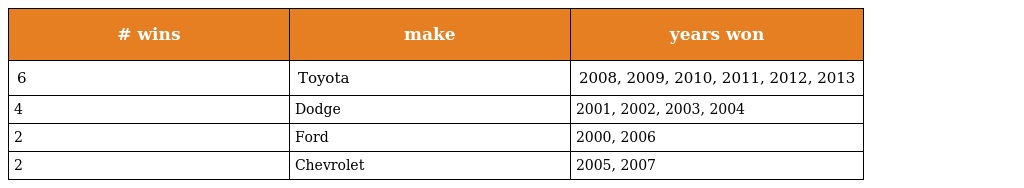
| # wins | make | years won |
 | --- | --- | --- |
 | 6 | Toyota | 2008, 2009, 2010, 2011, 2012, 2013 |
 | 4 | Dodge | 2001, 2002, 2003, 2004 |
 | 2 | Ford | 2000, 2006 |
 | 2 | Chevrolet | 2005, 2007 |